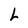
Character: L